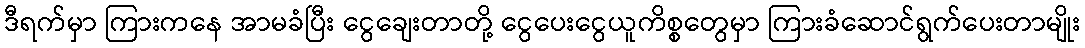
ဒီရက်မှာ ကြားကနေ အာမခံပြီး ငွေချေးတာတို့ ငွေပေးငွေယူကိစ္စတွေမှာ ကြားခံဆောင်ရွက်ပေးတာမျိုး